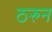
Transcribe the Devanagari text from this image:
ठरुन